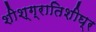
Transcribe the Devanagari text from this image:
शीश्ग्रातिशीघ्र